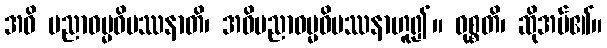
အဓိ ပညာဓမ္မဝိပဿနာတိ၊ အဓိပညာဓမ္မဝိပဿနာဟူ၍။ ဝုစ္စတိ၊ ဆိုအပ်၏။